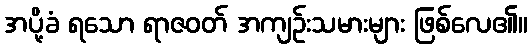
အပို့ခံ ရသော ရာဇဝတ် အကျဉ်းသမားများ ဖြစ်လေ၏။